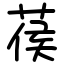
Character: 葔